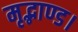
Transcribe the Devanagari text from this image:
मृद्भाण्ड।